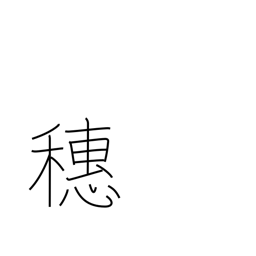
Meaning: crest (of wave)